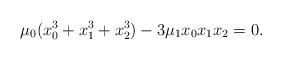
LaTeX: \begin{align*} \mu_0(x^3_0+x^3_1+x^3_2)-3\mu_1 x_0x_1x_2=0. \end{align*}